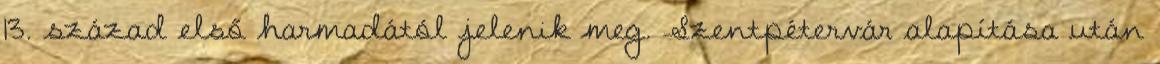
13. század első harmadától jelenik meg. Szentpétervár alapítása után